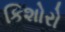
કિશોરો